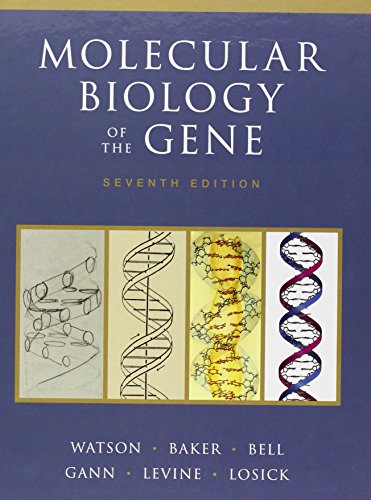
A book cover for Molecular Biology of the Gene (7th Edition); James D. Watson; Engineering & Transportation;